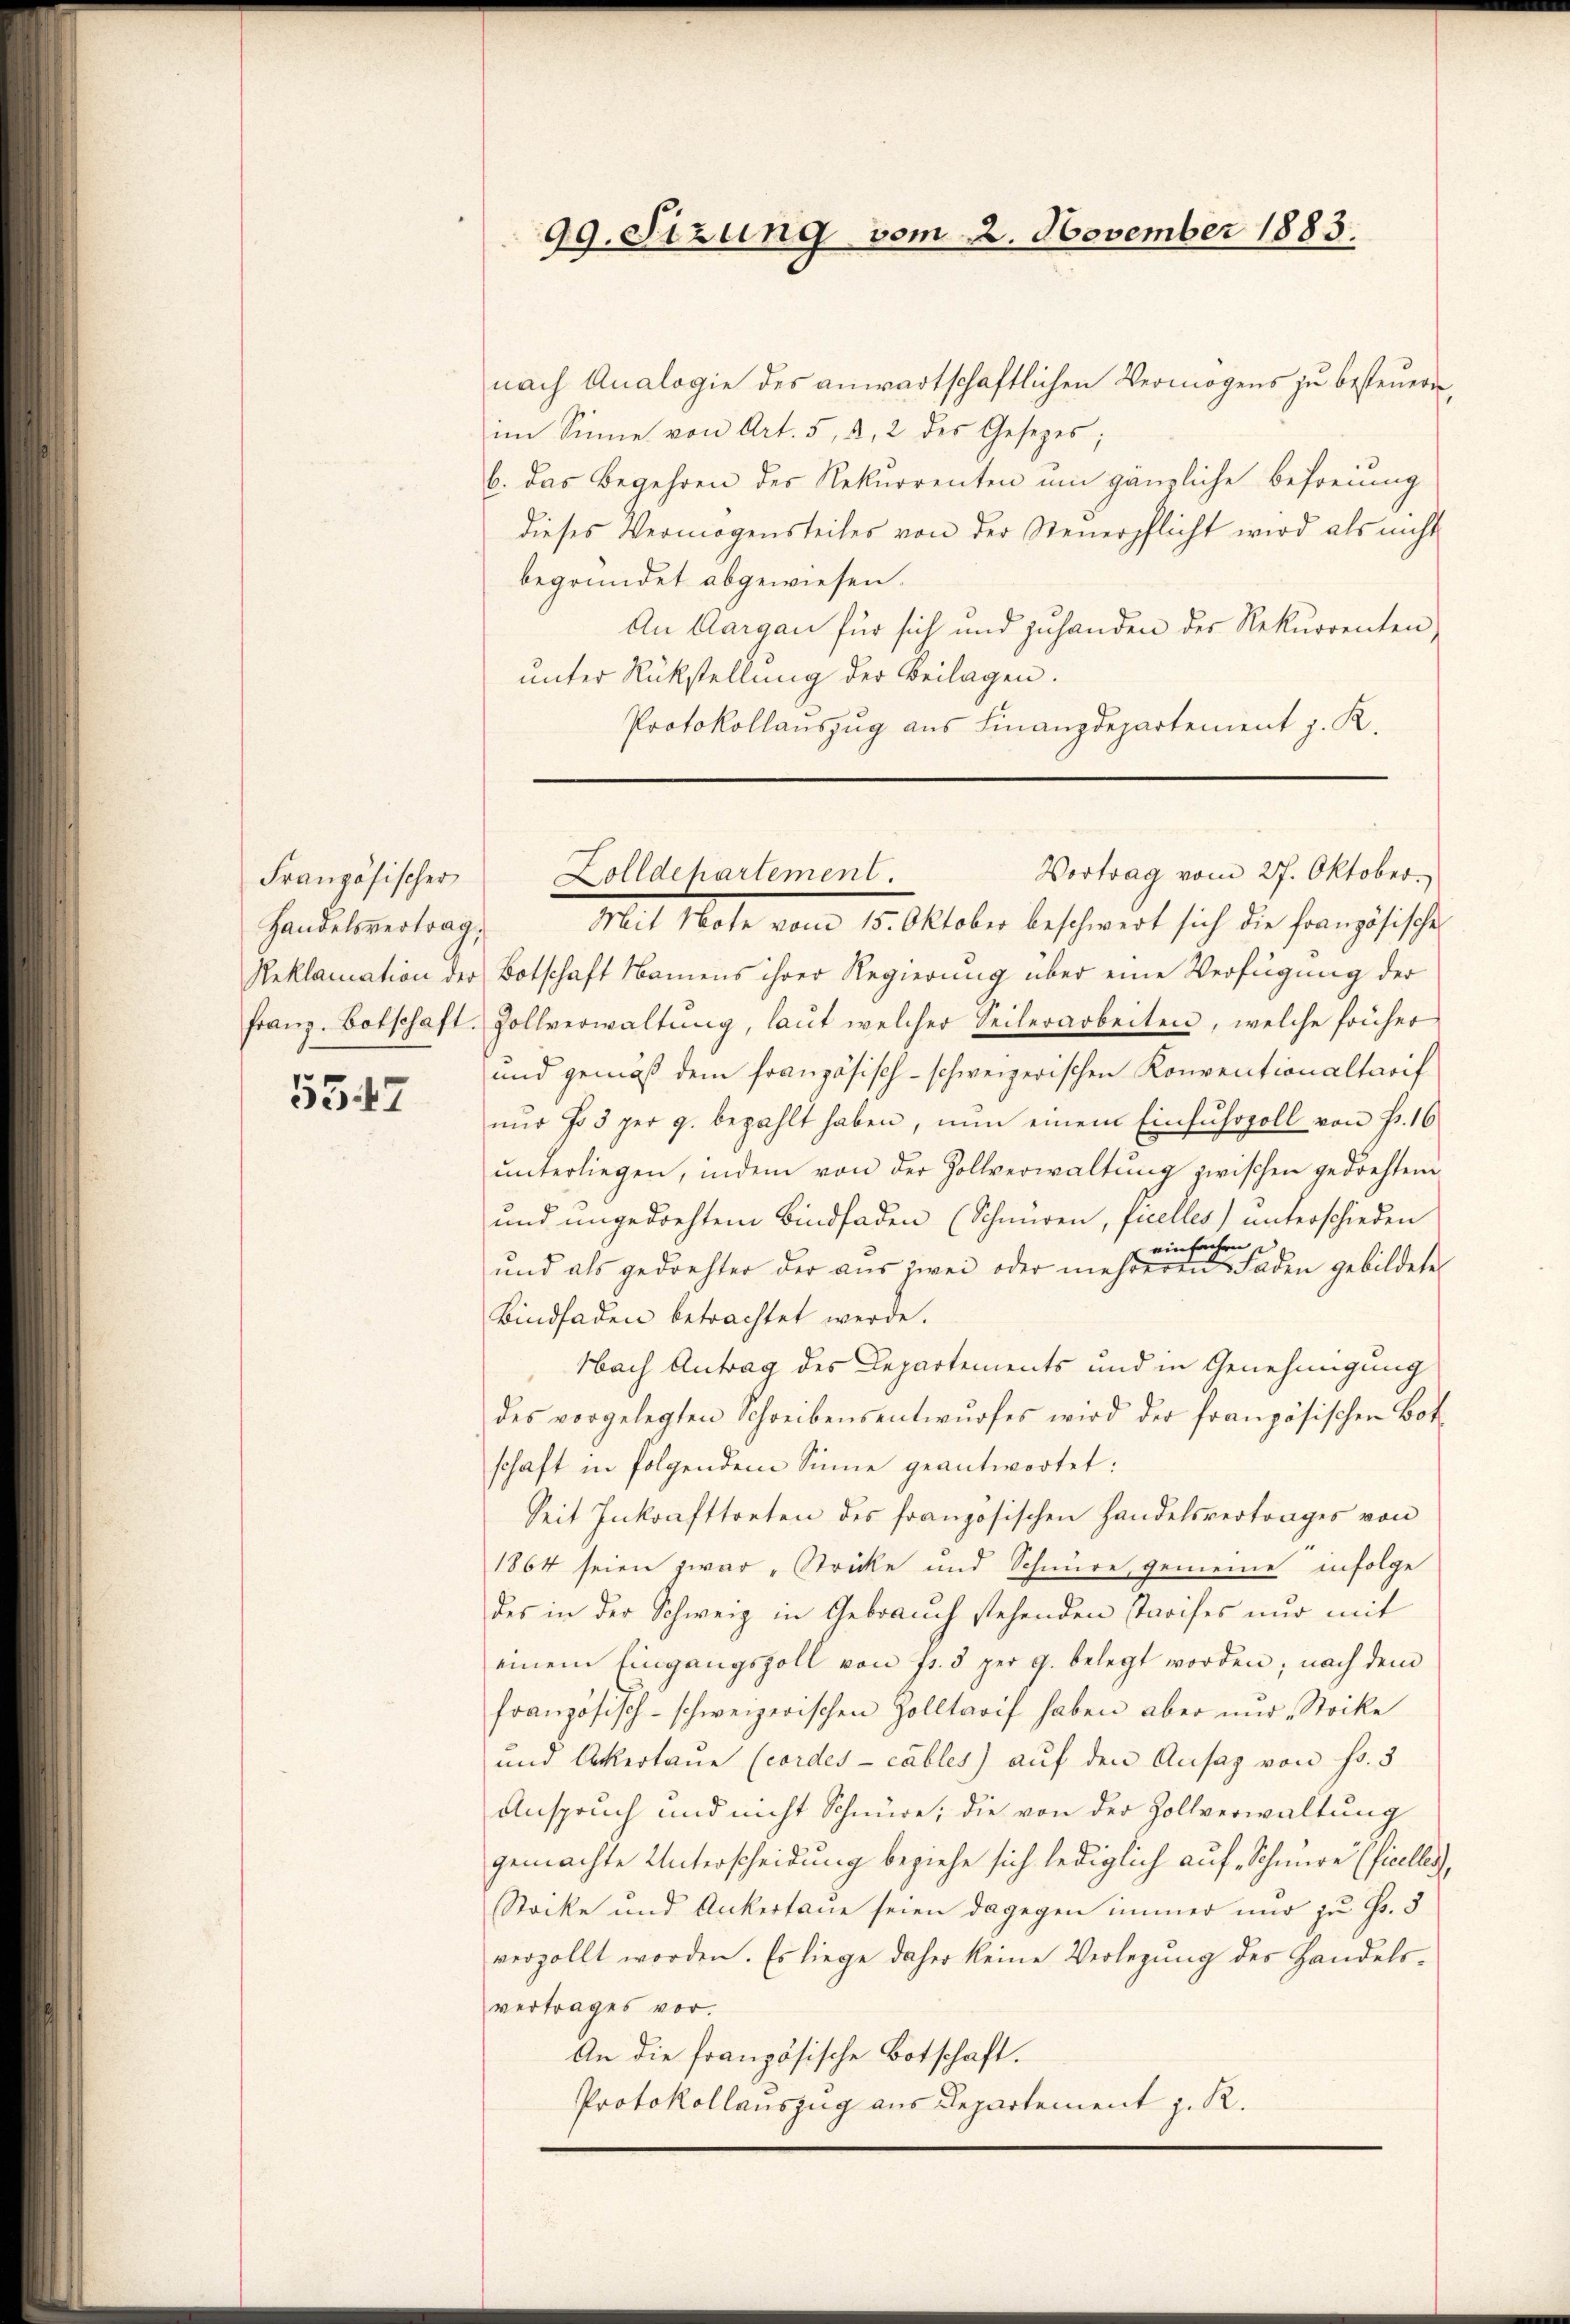
Französischer
Handelsvertrag,

5347

99. Sitzung vom 2. November 1883.

nach Analogie des anwartschaftlichen Vermögens zu besteuern,
im Sinne von Art. 5, 2, 2 des Gesetzes;
b. das Begehren des Rekurrenten um gänzliche Befreiung
dieses Vermögensteiles von der Steuerpflicht wird als nicht
begründet abgewiesen.
An Aargau für sich und zuhanden der Rekurrenten,
unter Rückstellung der Beilagen.
Protokollanszug aus Finanzdepartement J. K.

Mit Note vom 15. Oktober beschwert sich die französische
Reklamation der Botschaft Namens ihrer Regierung über eine Verfügung der
franz. Botschaft. Zollverwaltŭng, laŭt welcher Seilerarbeiten, welche früher
und gemäß dem französisch-schweizerischen Konventionaltarif
nŭr fo 5 per p. bezahlt haben, nun einem Einfuhrzoll von Fr. 16
ŭnterliegen, indem von der Zollverwaltŭng zwischen gedachten
und ungedachtem Bindfaden (Schnüren, ficelles) unterschieden
einfachen
und als gedrehter der aŭs zwei oder mehreren Faden gebildete
Bindfaden betrachtet werde.
Nach Antrag des Departements und in Genehmigung
des vorgelegten Schreibensentwŭrfes wird der französischen Bot-
schaft in folgendem Sinne geantwortet:
Seit Inkrafttreten des französischen Handelsvertrages von
1864 seien zwar „Stricke und Schnüre gemeine infolge
des in der Schweiz in Gebrauch stehenden Tarifes nur mit
einem Eingangszoll von fr. 5 per 9. belegt worden; nach dem
französisch-schweizerischen Zolltarif haben aber nŭr „Stocke
und Ackertaue (cordes cables) auf den Ansag von Fr. 5
Anspruch und nicht Schnüre; die von der Zollverwaltung
gemachte Unterscheidung beziehe sich lediglich auf Schmere (ficelles,
Stocke und Ankertane seien dagegen immer nur zu Fr. 5
verzollt worden. Es liege daher keine Verlegŭng des Handels-
vertrages vor.
An die französische Botschaft.
Protokollauszug aus Departement z. R.

Vortrag vom 27. Oktober.
Zolldepartement.